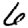
Digit: 6